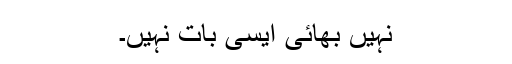
نہیں بھائی ایسی بات نہیں۔